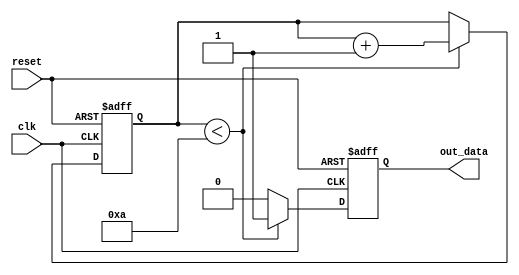
module while_loop_example (
    input wire clk,
    input wire reset,
    output reg out_data
);

reg [3:0] counter;

always @(posedge clk or posedge reset) begin
    if (reset) begin
        counter <= 0;
        out_data <= 0;
    end else begin
        if (counter < 10) begin
            counter <= counter + 1;
            out_data <= 1;
        end else begin
            out_data <= 0;
        end
    end
end

endmodule